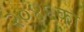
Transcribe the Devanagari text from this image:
२०४६का